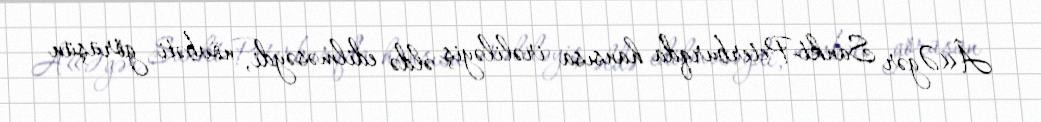
Â«Əgər Sankt-Peterburqda hansısa irəliləyiş əldə edilməsəydi, növbəti görüşün